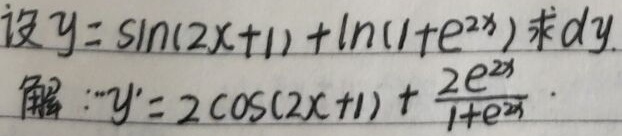
设\(y = \sin(2x + 1)+\ln(1 + e^{2x})\)，求 \(dy\)。

解：\(\because y'=2\cos(2x + 1)+\frac{2e^{2x}}{1 + e^{2x}}\)。